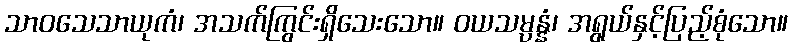
သာဝသေသာယုကံ၊ အသက်ကြွင်းရှိသေးသော။ ဝယသမ္ပန္နံ၊ အရွယ်နှင့်ပြည့်စုံသော။